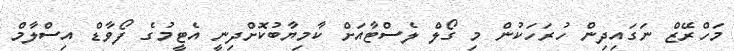
މަހްރޭޒް ނަގައިދިން ހުރަހަކުން މި ގޯލް ލެސްޓާއަށް ކާމިޔާބުކޮށްދިނީ އެޓީމުގެ ފޯވާޑް އިސްލާމް